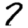
Digit: 7